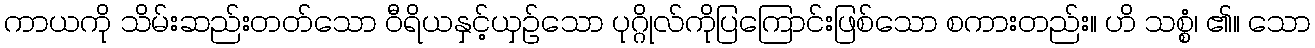
ကာယကို သိမ်းဆည်းတတ်သော ဝီရိယနှင့်ယှဉ်သော ပုဂ္ဂိုလ်ကိုပြကြောင်းဖြစ်သော စကားတည်း။ ဟိ သစ္စံ၊ ၏။ သော